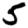
Digit: 5